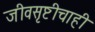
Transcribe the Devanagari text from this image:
जीवसृष्टीचाही